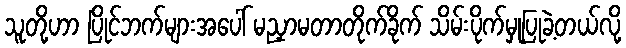
သူတို့ဟာ ပြိုင်ဘက်များအပေါ် မညှာမတာတိုက်ခိုက် သိမ်းပိုက်မှုပြုခဲ့တယ်လို့